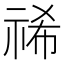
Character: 𮁻